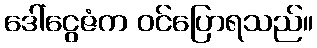
ဒေါ်ငွေဇံက ဝင်ပြောရသည်။